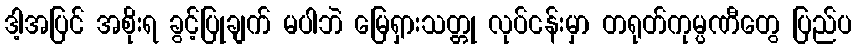
ဒါ့အပြင် အစိုးရ ခွင့်ပြုချက် မပါဘဲ မြေရှားသတ္တု လုပ်ငန်းမှာ တရုတ်ကုမ္ပဏီတွေ ပြည်ပ